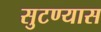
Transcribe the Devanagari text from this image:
सुटण्यास